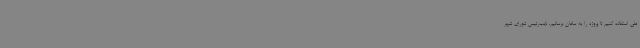
ملی استفاده کنیم تا پروژه را به سامان برسانیم. نایب‌رئیس شورای شهر